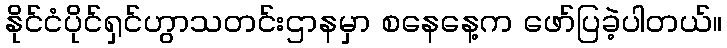
နိုင်ငံပိုင်ရှင်ဟွာသတင်းဌာနမှာ စနေနေ့က ဖော်ပြခဲ့ပါတယ်။